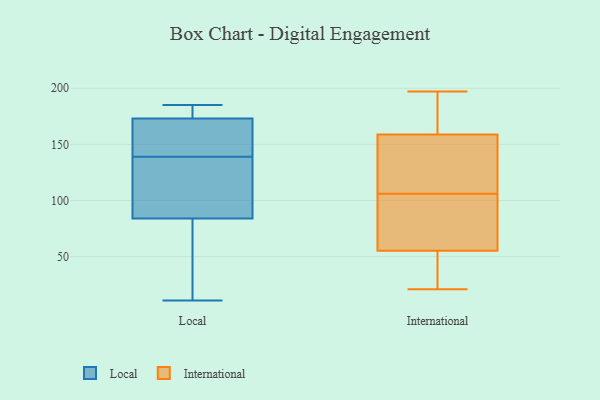
{"axis": {"x": "Tickets Resolved", "y": "Value"}, "legend": ["International", "Local"], "data": [{"x": "", "y": 123, "type": "Local"}, {"x": "", "y": 167, "type": "Local"}, {"x": "", "y": 11, "type": "Local"}, {"x": "", "y": 185, "type": "Local"}, {"x": "", "y": 184, "type": "Local"}, {"x": "", "y": 150, "type": "Local"}, {"x": "", "y": 173, "type": "Local"}, {"x": "", "y": 116, "type": "Local"}, {"x": "", "y": 180, "type": "Local"}, {"x": "", "y": 80, "type": "Local"}, {"x": "", "y": 95, "type": "Local"}, {"x": "", "y": 65, "type": "Local"}, {"x": "", "y": 140, "type": "Local"}, {"x": "", "y": 152, "type": "Local"}, {"x": "", "y": 179, "type": "Local"}, {"x": "", "y": 138, "type": "Local"}, {"x": "", "y": 84, "type": "Local"}, {"x": "", "y": 17, "type": "Local"}, {"x": "", "y": 21, "type": "International"}, {"x": "", "y": 197, "type": "International"}, {"x": "", "y": 39, "type": "International"}, {"x": "", "y": 49, "type": "International"}, {"x": "", "y": 22, "type": "International"}, {"x": "", "y": 110, "type": "International"}, {"x": "", "y": 106, "type": "International"}, {"x": "", "y": 74, "type": "International"}, {"x": "", "y": 75, "type": "International"}, {"x": "", "y": 137, "type": "International"}, {"x": "", "y": 169, "type": "International"}, {"x": "", "y": 78, "type": "International"}, {"x": "", "y": 195, "type": "International"}, {"x": "", "y": 166, "type": "International"}, {"x": "", "y": 111, "type": "International"}]}